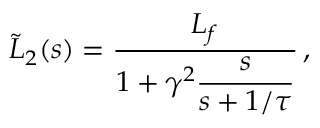
\tilde { L } _ { 2 } ( s ) = \frac { L _ { f } } { \displaystyle 1 + \gamma ^ { 2 } \frac { s } { s + 1 / \tau } } \, ,